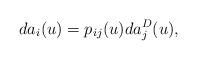
LaTeX: \begin{align*}d a_i(u) = p_{ij}(u) d a_{j}^D (u),\end{align*}